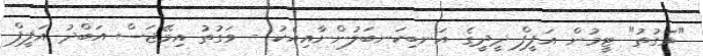
"ވަގުތު" ޓީމުން އަފީފް ދީދީގެ އަނބިކަނބަލުންނާއިއެކު - ވަގުތު އިމޭޖަސް އަބްދު އަފީފް